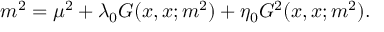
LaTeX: m ^ { 2 } = \mu ^ { 2 } + \lambda _ { 0 } G ( x , x ; m ^ { 2 } ) + \eta _ { 0 } G ^ { 2 } ( x , x ; m ^ { 2 } ) .